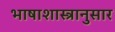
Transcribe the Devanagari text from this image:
भाषाशास्त्रानुसार